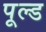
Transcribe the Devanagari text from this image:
पूल्ड